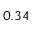
0 . 3 4